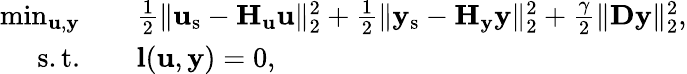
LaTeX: \begin{array}{rl}{\operatorname*{min}_{\mathbf{u},\mathbf{y}}\quad}&{\frac{1}{2}\| \mathbf{u}_{\mathrm{s}}-\mathbf{H}_{\mathbf{u}}\mathbf{u}\| _{2}^{2}+\frac{1}{2}\| \mathbf{y}_{\mathrm{s}}-\mathbf{H}_{\mathbf{y}}\mathbf{y}\| _{2}^{2}+\frac{\gamma}{2}\| \mathbf{D}\mathbf{y}\| _{2}^{2},}\\ {\mathrm{s.t.}\quad}&{\mathbf{l}(\mathbf{u},\mathbf{y})=0,}\end{array}